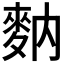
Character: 𪌅